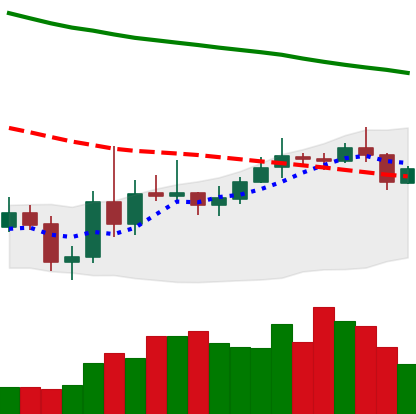
Ticker: XMR-USD
Chart end date: 2019-11-09
Forward return: 5.397%
Label: up_5_7